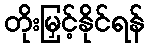
တိုးမြှင့်နိုင်ရန်